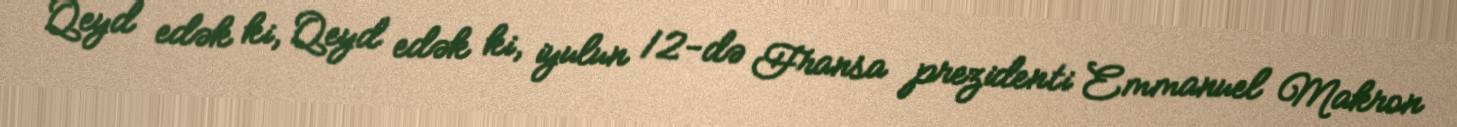
Qeyd edək ki, Qeyd edək ki, iyulun 12-də Fransa prezidenti Emmanuel Makron